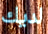
لديك